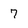
Character: 7